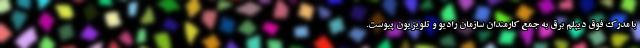
با مدرک فوق دیپلم برق به جمع کارمندان سازمان رادیو و تلویزیون پیوست.